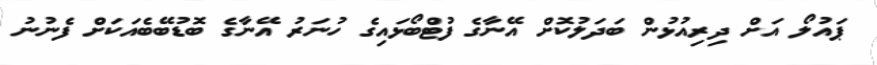
ޕައުލޯ އަށް ދިރިއުޅުން ބަދަލުކޮށް އޭނާގެ ފުޓްބޯޅައިގެ ހުނަރު އޭނާގެ ބޮޑުބޭބެއަކަށް ފެނުނު